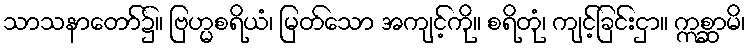
သာသနာတော်၌။ ဗြဟ္မစရိယံ၊ မြတ်သော အကျင့်ကို။ စရိတုံ၊ ကျင့်ခြင်းငှာ။ ဣစ္ဆာမိ၊